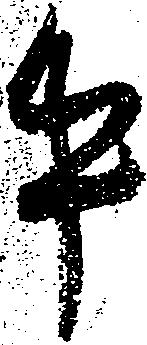
牛